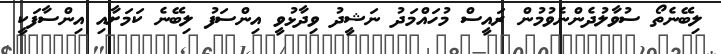
ލިބޭނެތޯ ސުވާލުދެންނެވުމުން ރައީސް މުހައްމަދު ނަޝީދު ވިދާޅުވީ އިންސަފު ލިބޭނެ ކަމަށާއި އިންސާފަކީ